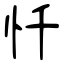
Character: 忏